kultuurilooline_kollektsioon, lk 6
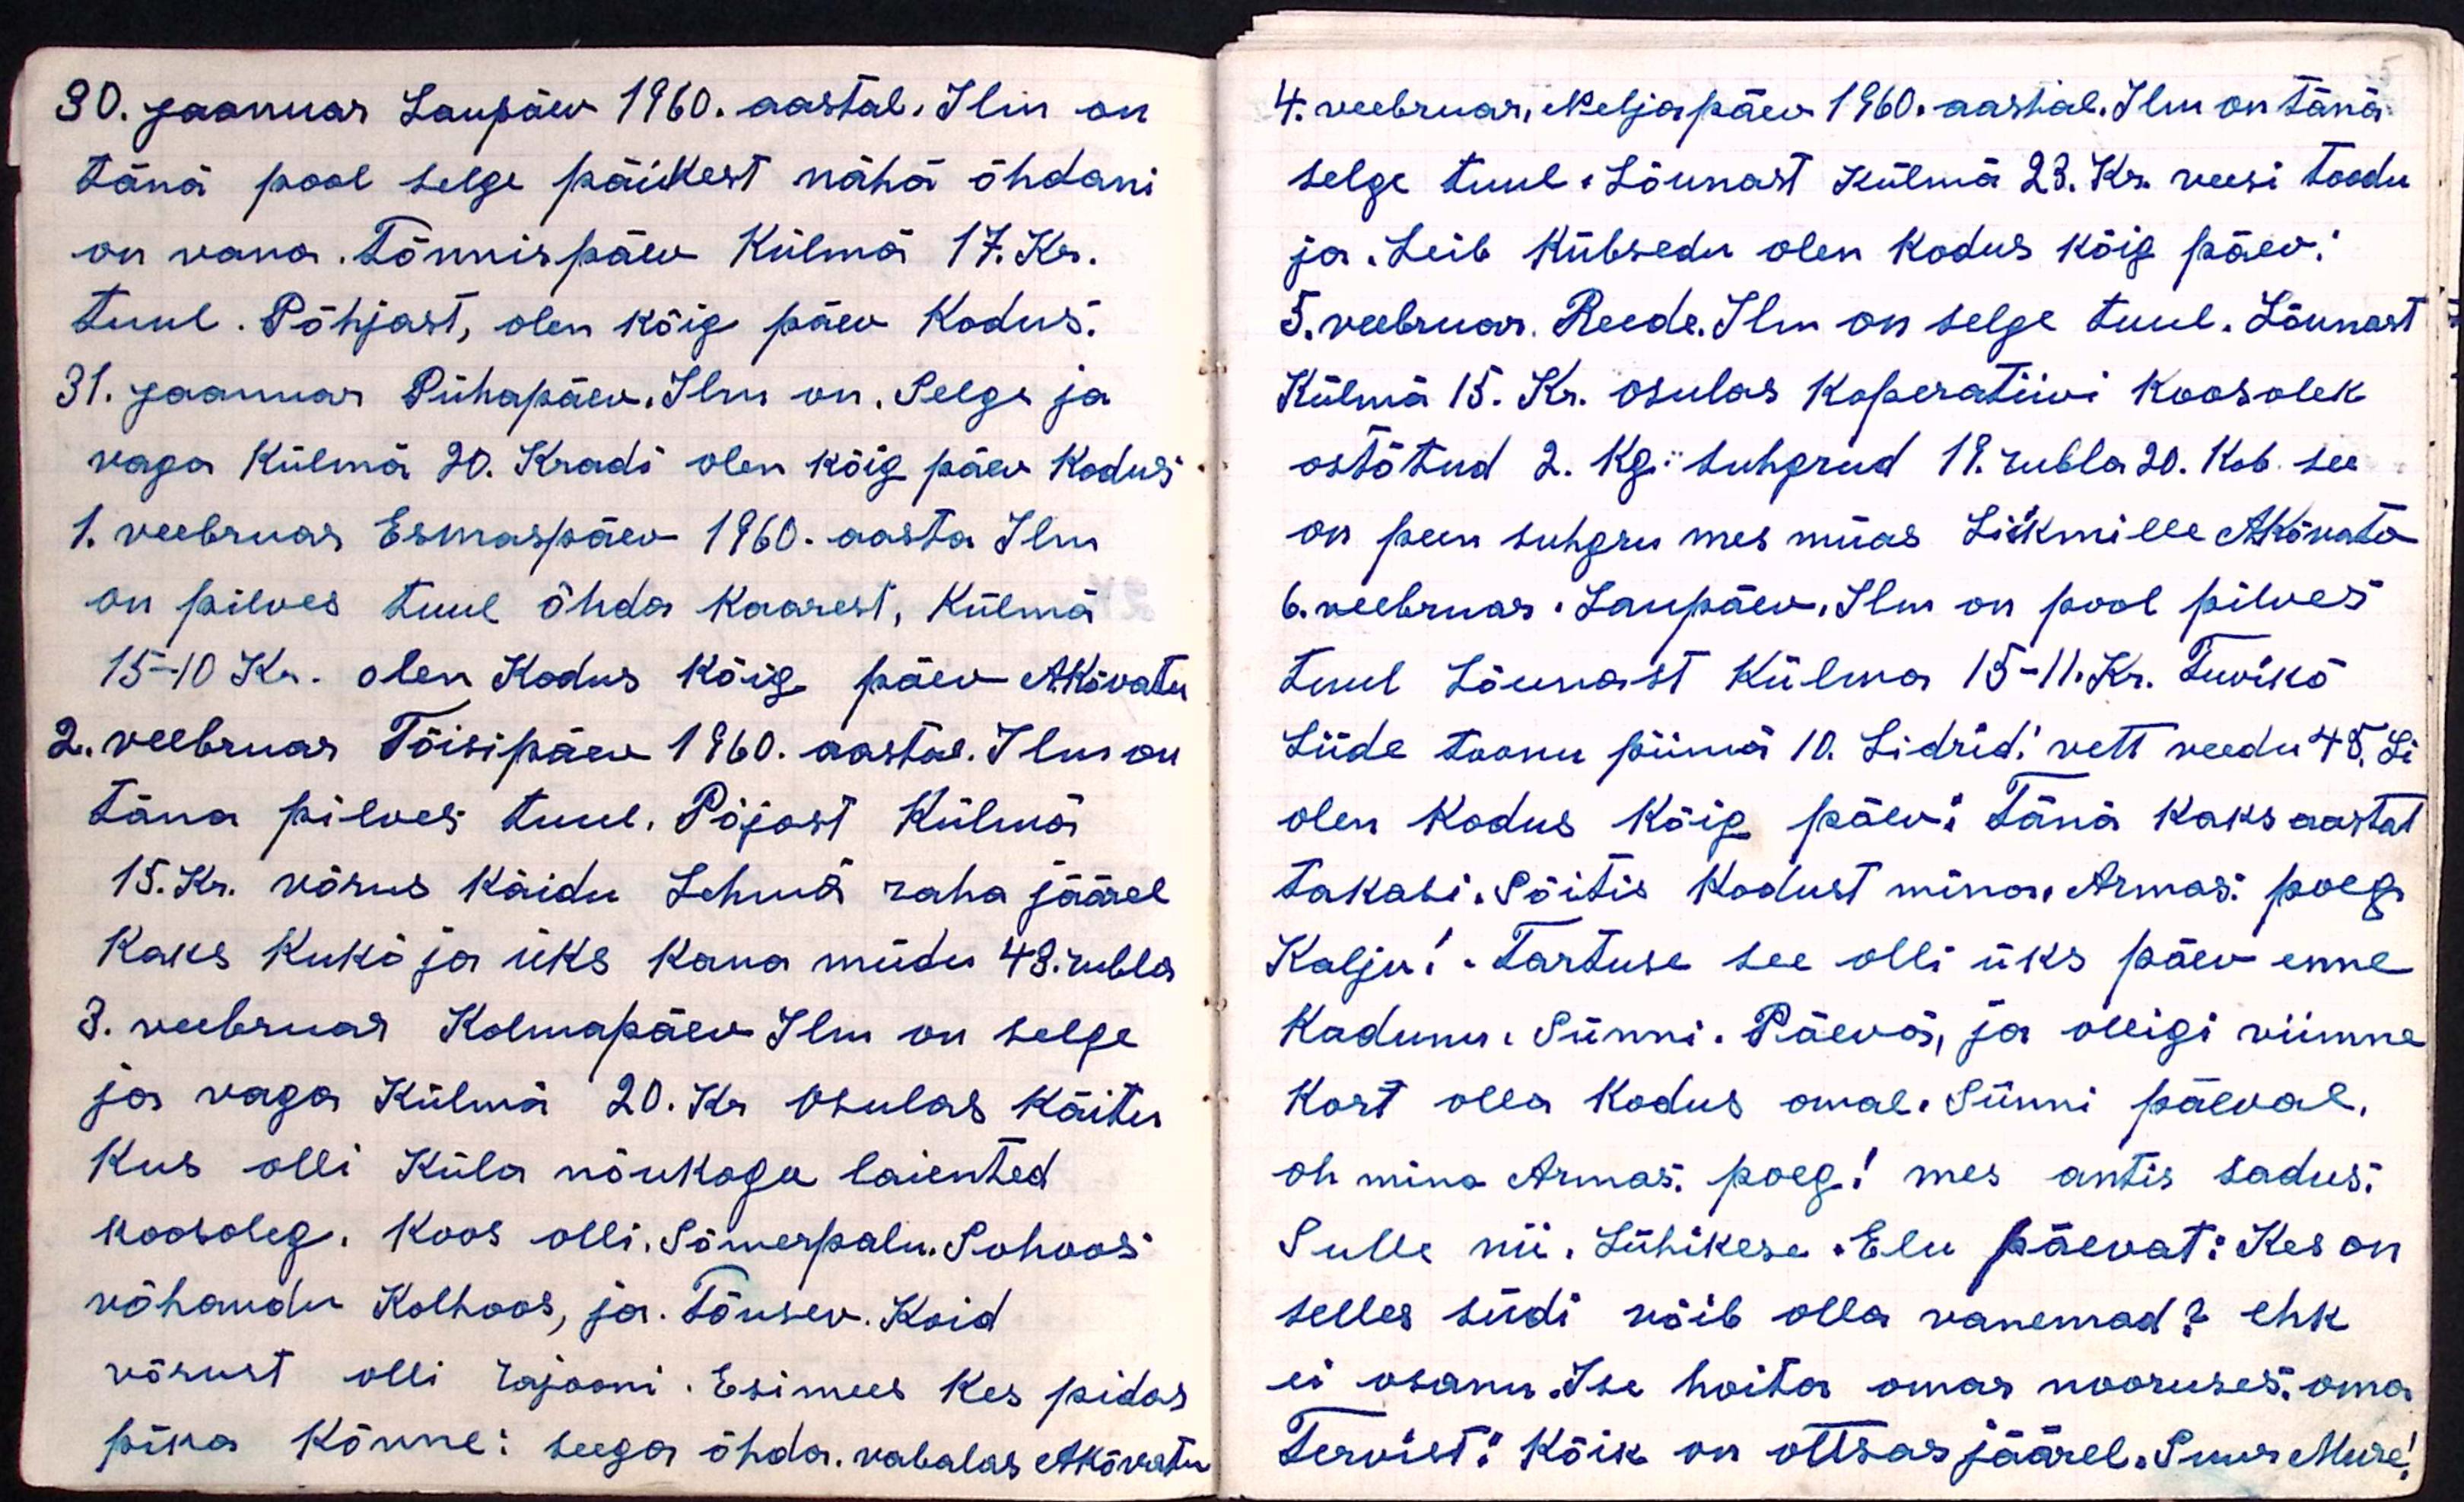
30. Jaanuar Laupäev 1960. aastal. Ilm on
tänä pool selge päikest nähä õhdani
on vana. Tõnnispäev Külmä 17. Kr.
tuul. Põhjast, olen kõig päev Kodus.
31. Jaanuar Pühapäev. Ilm on. Selge ja
vaga külmä 20. Kradi olen kõig päev kodus
1. veebruar Esmaspäev 1960. aasta Ilm
on pilves tuul õhda kaarest, külmä
15-10 Kr. olen Kodus kõig päev AKõvatu
2. veebruar Tõisipäev 1960. aastal. Ilm on
täna pilves tuul. Põjast Külmä
15. Kr. Võrus käidu Lehmä raha jäärel
Kaks Kukõ ja üks kana müdu 43 rubla
3. veebruar Kolmapäev Ilm on selge
ja vaga Külmä 20. Kr Osulas käitu
Kus olli Küla nõukogu laiented
koosoleg. Koos olli. Sõmerpalu. Sohoos
võhandu Kolhoos, ja. Tõusev. Koid
võrust olli rajooni. Esimees Kes pidas
pika Kõnne: seega õhda. vabalas AKõvatu

4. veebruar, Neljapäev 1960. aastal. Ilm on tänä
selge tuul. Lõunast külma 23. Kr veesi toodu
ja. Leib kübsedu olen kodus kõig päev.
5. veebruar. Reede. Ilm on selge tuul. Lõunast
Külma 15. Kr. asulas Koperatiivi koosolek
ostõtud 2. Kg suhgrud 19. rubla 20. kob. see
on peen suhgru mes müas Liikmillee AKõvato
6. veebruas. Laupäev. Ilm on pool pilves
tuul Lõunast Külma 15-11. Kr. Tuviko
Liide toonu piima 10. Lidrid, vett veedu 45. Li
olen Kodus kõik päevi täna kaks aastat
takasi. Sõitis Kodust mino. Armas poeg
Kalju! Tartuse see olli üks päev enne
Kadunu Sünni. Päeva, ja olligi viimne
Kort olla kodus omal. Sünni päeval.
oh mina Armas. poeg! mes antis sadus:
Sulle nii. Lühikese Elu päevat: Kes on
selles südi võib olla vanemad? ehk
ei osanu. Ise hoita omas nooruses, omas
Tervist! Kõik on otsas jäärel .Suur Mure!